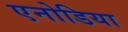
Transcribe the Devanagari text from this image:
एनोडिया